65_HS1-834228961_62-HQ-83894_Section_8
Agency: FBI
Page 111
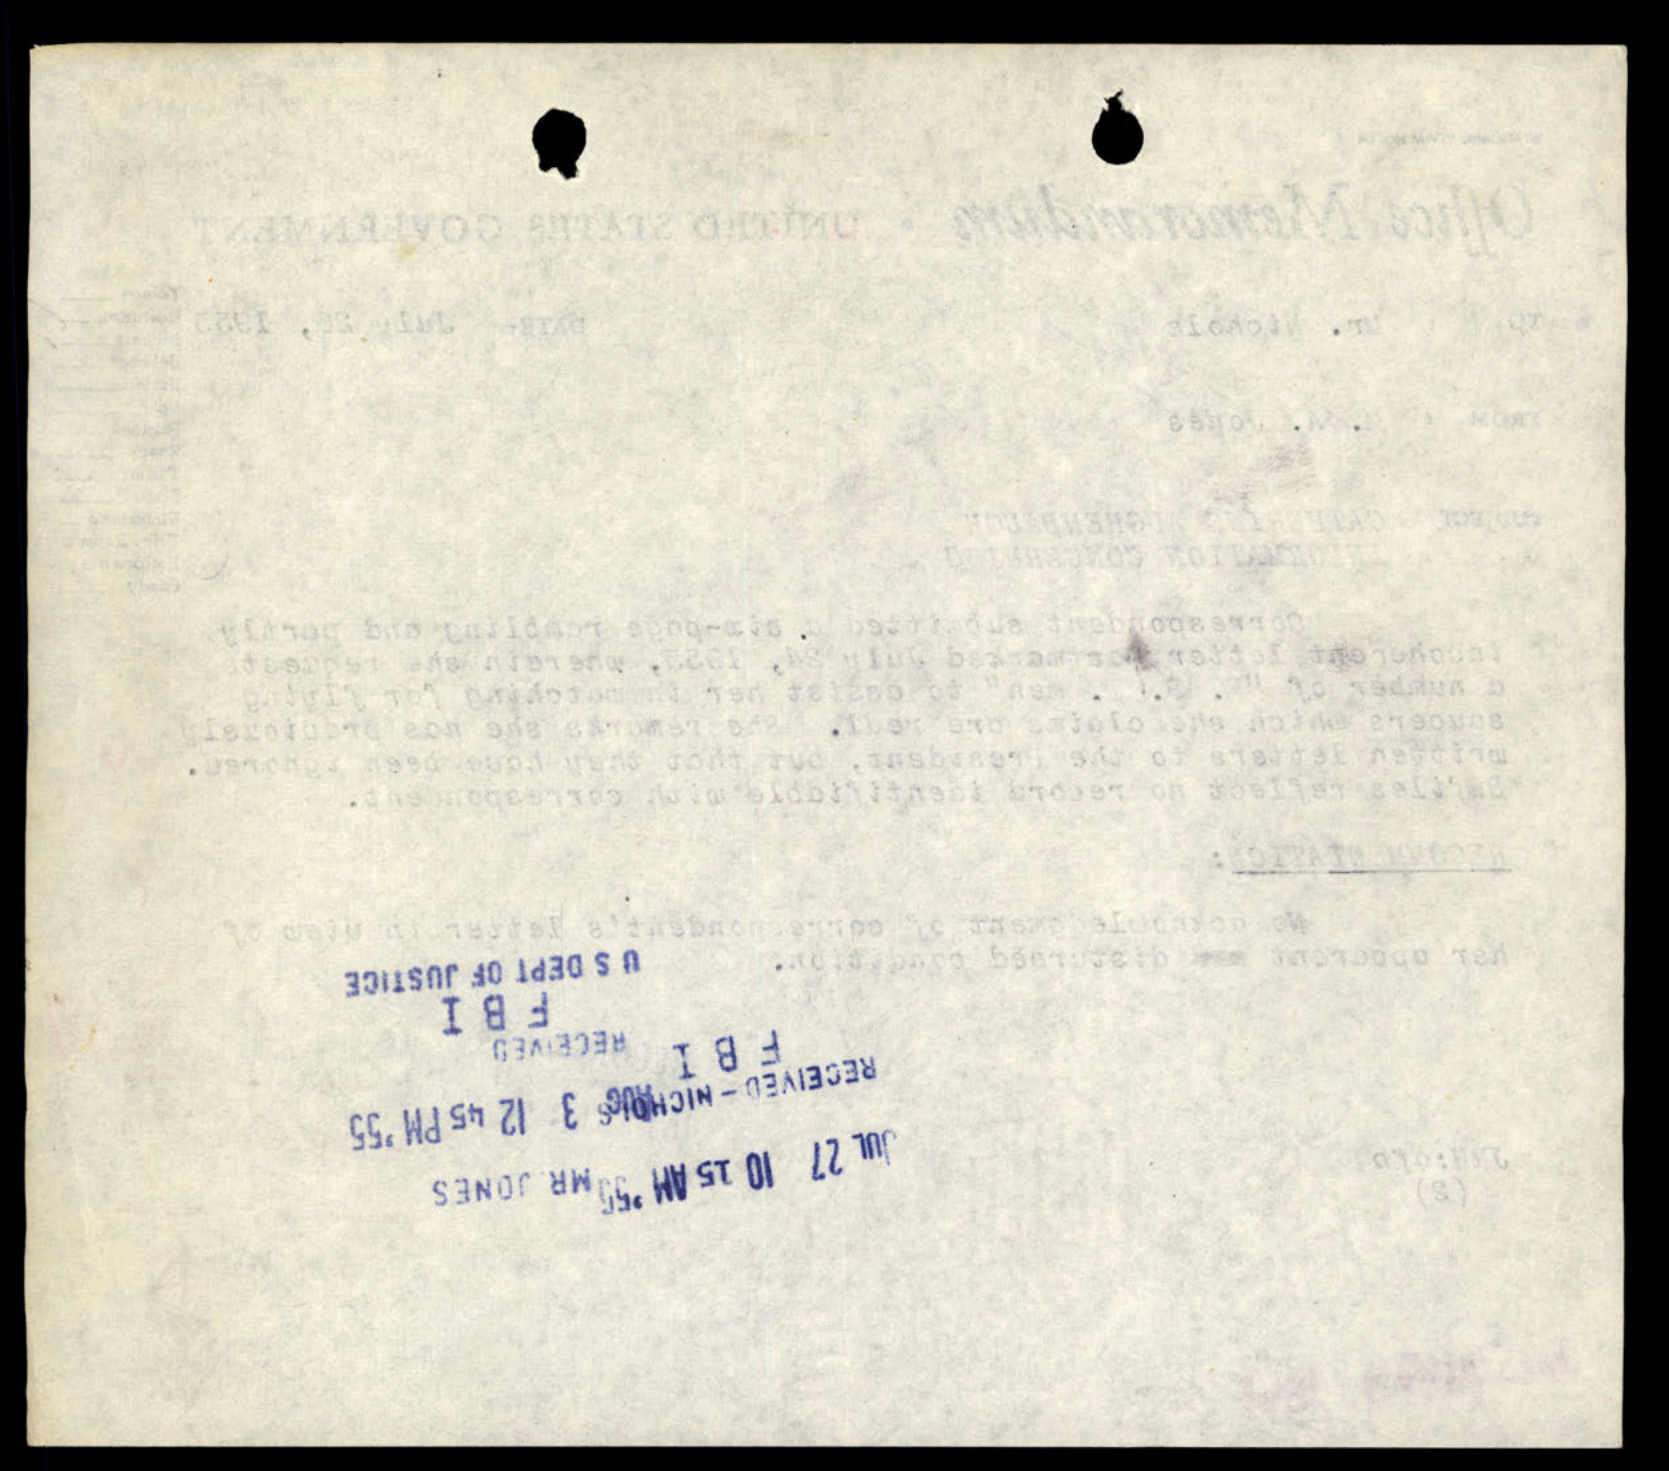